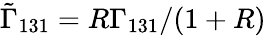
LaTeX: \tilde{\Gamma}_{131}=R\Gamma_{131}/(1+R)